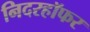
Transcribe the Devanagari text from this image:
निदरहॉफर